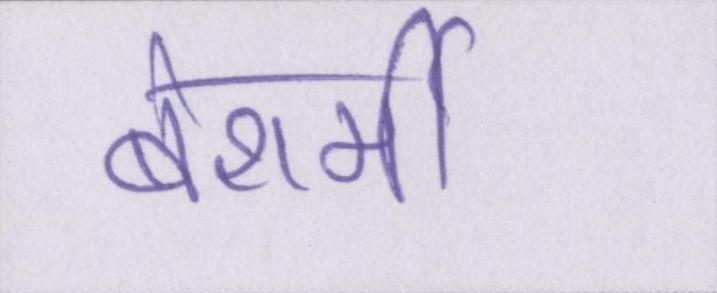
बेशर्मी